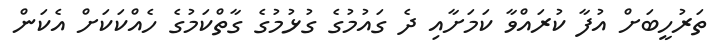
ތަރުހީބަށް އުފާ ކުރައްވާ ކަމަށާއި ދެ ގައުމުގެ ގުޅުމުގެ ގާތްކަމުގެ ހެއްކަކަށް އެކަން